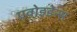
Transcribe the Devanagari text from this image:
एवोइडेन्स